Indian journal of veterinary science and animal husbandry - Volume 4,
Year: 1934
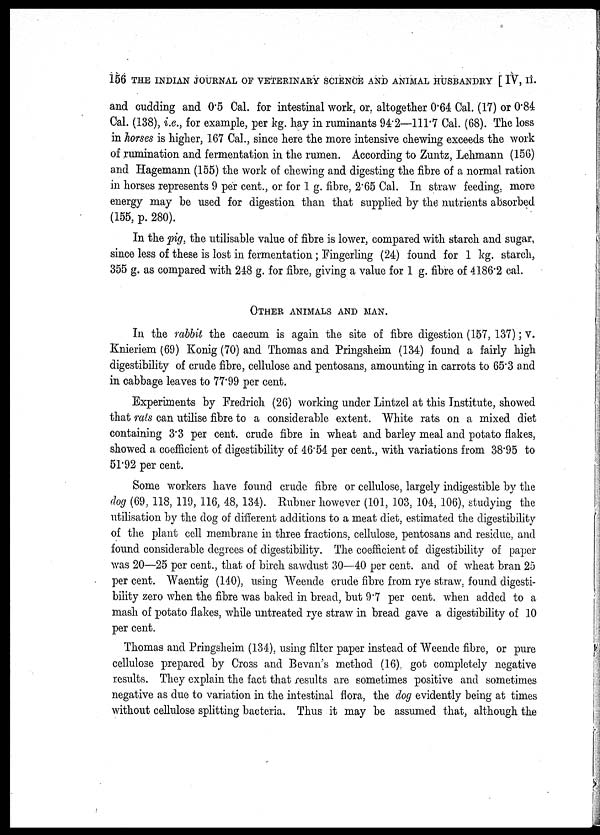
156 THE INDIAN JOURNAL OF VETERINARY SCIENCE AND ANIMAL HUSBANDRY [ IV, II.
and cudding and 0.5 Cal. for intestinal work, or, altogether 0.64 Cal. (17) or 0.84
Cal. (138), i.e., for example, per kg. hay in ruminants 94.2—111.7 Cal. (68). The loss
in horses is higher, 167 Cal., since here the more intensive chewing exceeds the work
of rumination and fermentation in the rumen. According to Zuntz, Lehmann (156)
and Hagemann (155) the work of chewing and digesting the fibre of a normal ration
in horses represents 9 per cent., or for 1 g. fibre, 2.65 Cal. In straw feeding, more
energy may be used for digestion than that supplied by the nutrients absorbed
(155, p. 280).
In the pig, the utilisable value of fibre is lower, compared with starch and sugar,
since less of these is lost in fermentation; Fingerling (24) found for 1 kg. starch,
355 g. as compared with 248 g. for fibre, giving a value for 1 g. fibre of 4186.2 cal.
OTHER ANIMALS AND MAN.
In the rabbit the caecum is again the site of fibre digestion (157, 137) ; v.
Knieriem (69) Konig (70) and Thomas and Pringsheim (134) found a fairly high
digestibility of crude fibre, cellulose and pentosans, amounting in carrots to 65.3 and
in cabbage leaves to 77.99 per cent.
Experiments by Fredrich (26) working under Lintzel at this Institute, showed
that rats can utilise fibre to a considerable extent. White rats on a mixed diet
containing 3.3 per cent. crude fibre in wheat and barley meal and potato flakes,
showed a coefficient of digestibility of 46.54 per cent., with variations from 38.95 to
51.92 per cent.
Some workers have found crude fibre or cellulose, largely indigestible by the
dog (69, 118, 119, 116, 48, 134). Rubner however (101, 103, 104, 106), studying the
utilisation by the dog of different additions to a meat diet, estimated the digestibility
of the plant cell membrane in three fractions, cellulose, pentosans and residue, and
found considerable degrees of digestibility. The coefficient of digestibility of paper
was 20—25 per cent., that of birch sawdust 30—40 per cent. and of wheat bran 25
per cent. Waentig (140), using Weende crude fibre from rye straw, found digesti-
bility zero when the fibre was baked in bread, but 9.7 per cent. when added to a
mash of potato flakes, while untreated rye straw in bread gave a digestibility of 10
per cent.
Thomas and Pringsheim (134), using filter paper instead of Weende fibre, or pure
cellulose prepared by Cross and Bevan's method (16), got completely negative
results. They explain the fact that results are sometimes positive and sometimes
negative as due to variation in the intestinal flora, the dog evidently being at times
without cellulose splitting bacteria. Thus it may be assumed that, although the